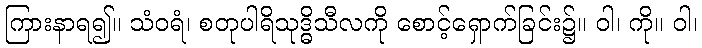
ကြားနာရ၍။ သံဝရံ၊ စတုပါရိသုဒ္ဓိသီလကို စောင့်ရှောက်ခြင်း၌။ ဝါ၊ ကို။ ဝါ၊